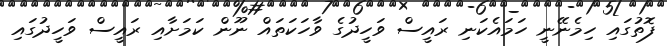
ފޮތުގައި ހިމެނޭނީ ހަމައެކަނި ރައީސް ވަހީދުގެ ވާހަކަތައް ނޫން ކަމަށާއި ރައީސް ވަހީދުގައި